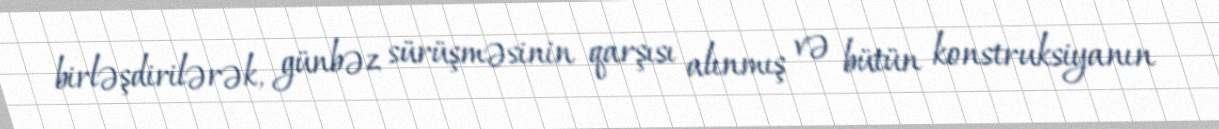
birləşdirilərək, günbəz sürüşməsinin qarşısı alınmış və bütün konstruksiyanın